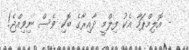
- އޮލިމްޕަހާ އެކު ފިލްމީ ދާއިރާގެ ބޮކި ވެސް ނިވިއްޖެ!